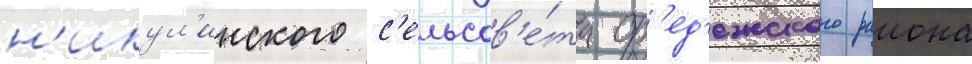
н'икул'инского с'ельсов'е́та ор'ед'ежского раиона